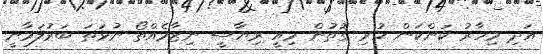
އަދި މިހާރު ކަންކަން ހުރި ގޮތުން މިއީ ރިޔާސީ ނިޒާމެއްތޯ ނުވަތަ ބަރުލަމާނީ